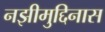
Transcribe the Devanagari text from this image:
नझीमुद्दिनास